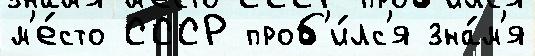
м'е́сто СССР проб'и́лс'я зна́м'я